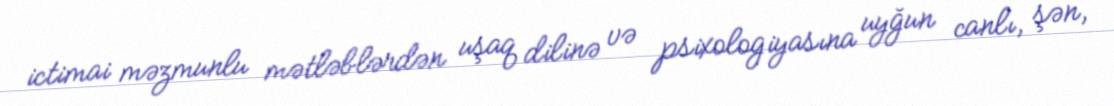
ictimai məzmunlu mətləblərdən uşaq dilinə və psixologiyasına uyğun canlı, şən,